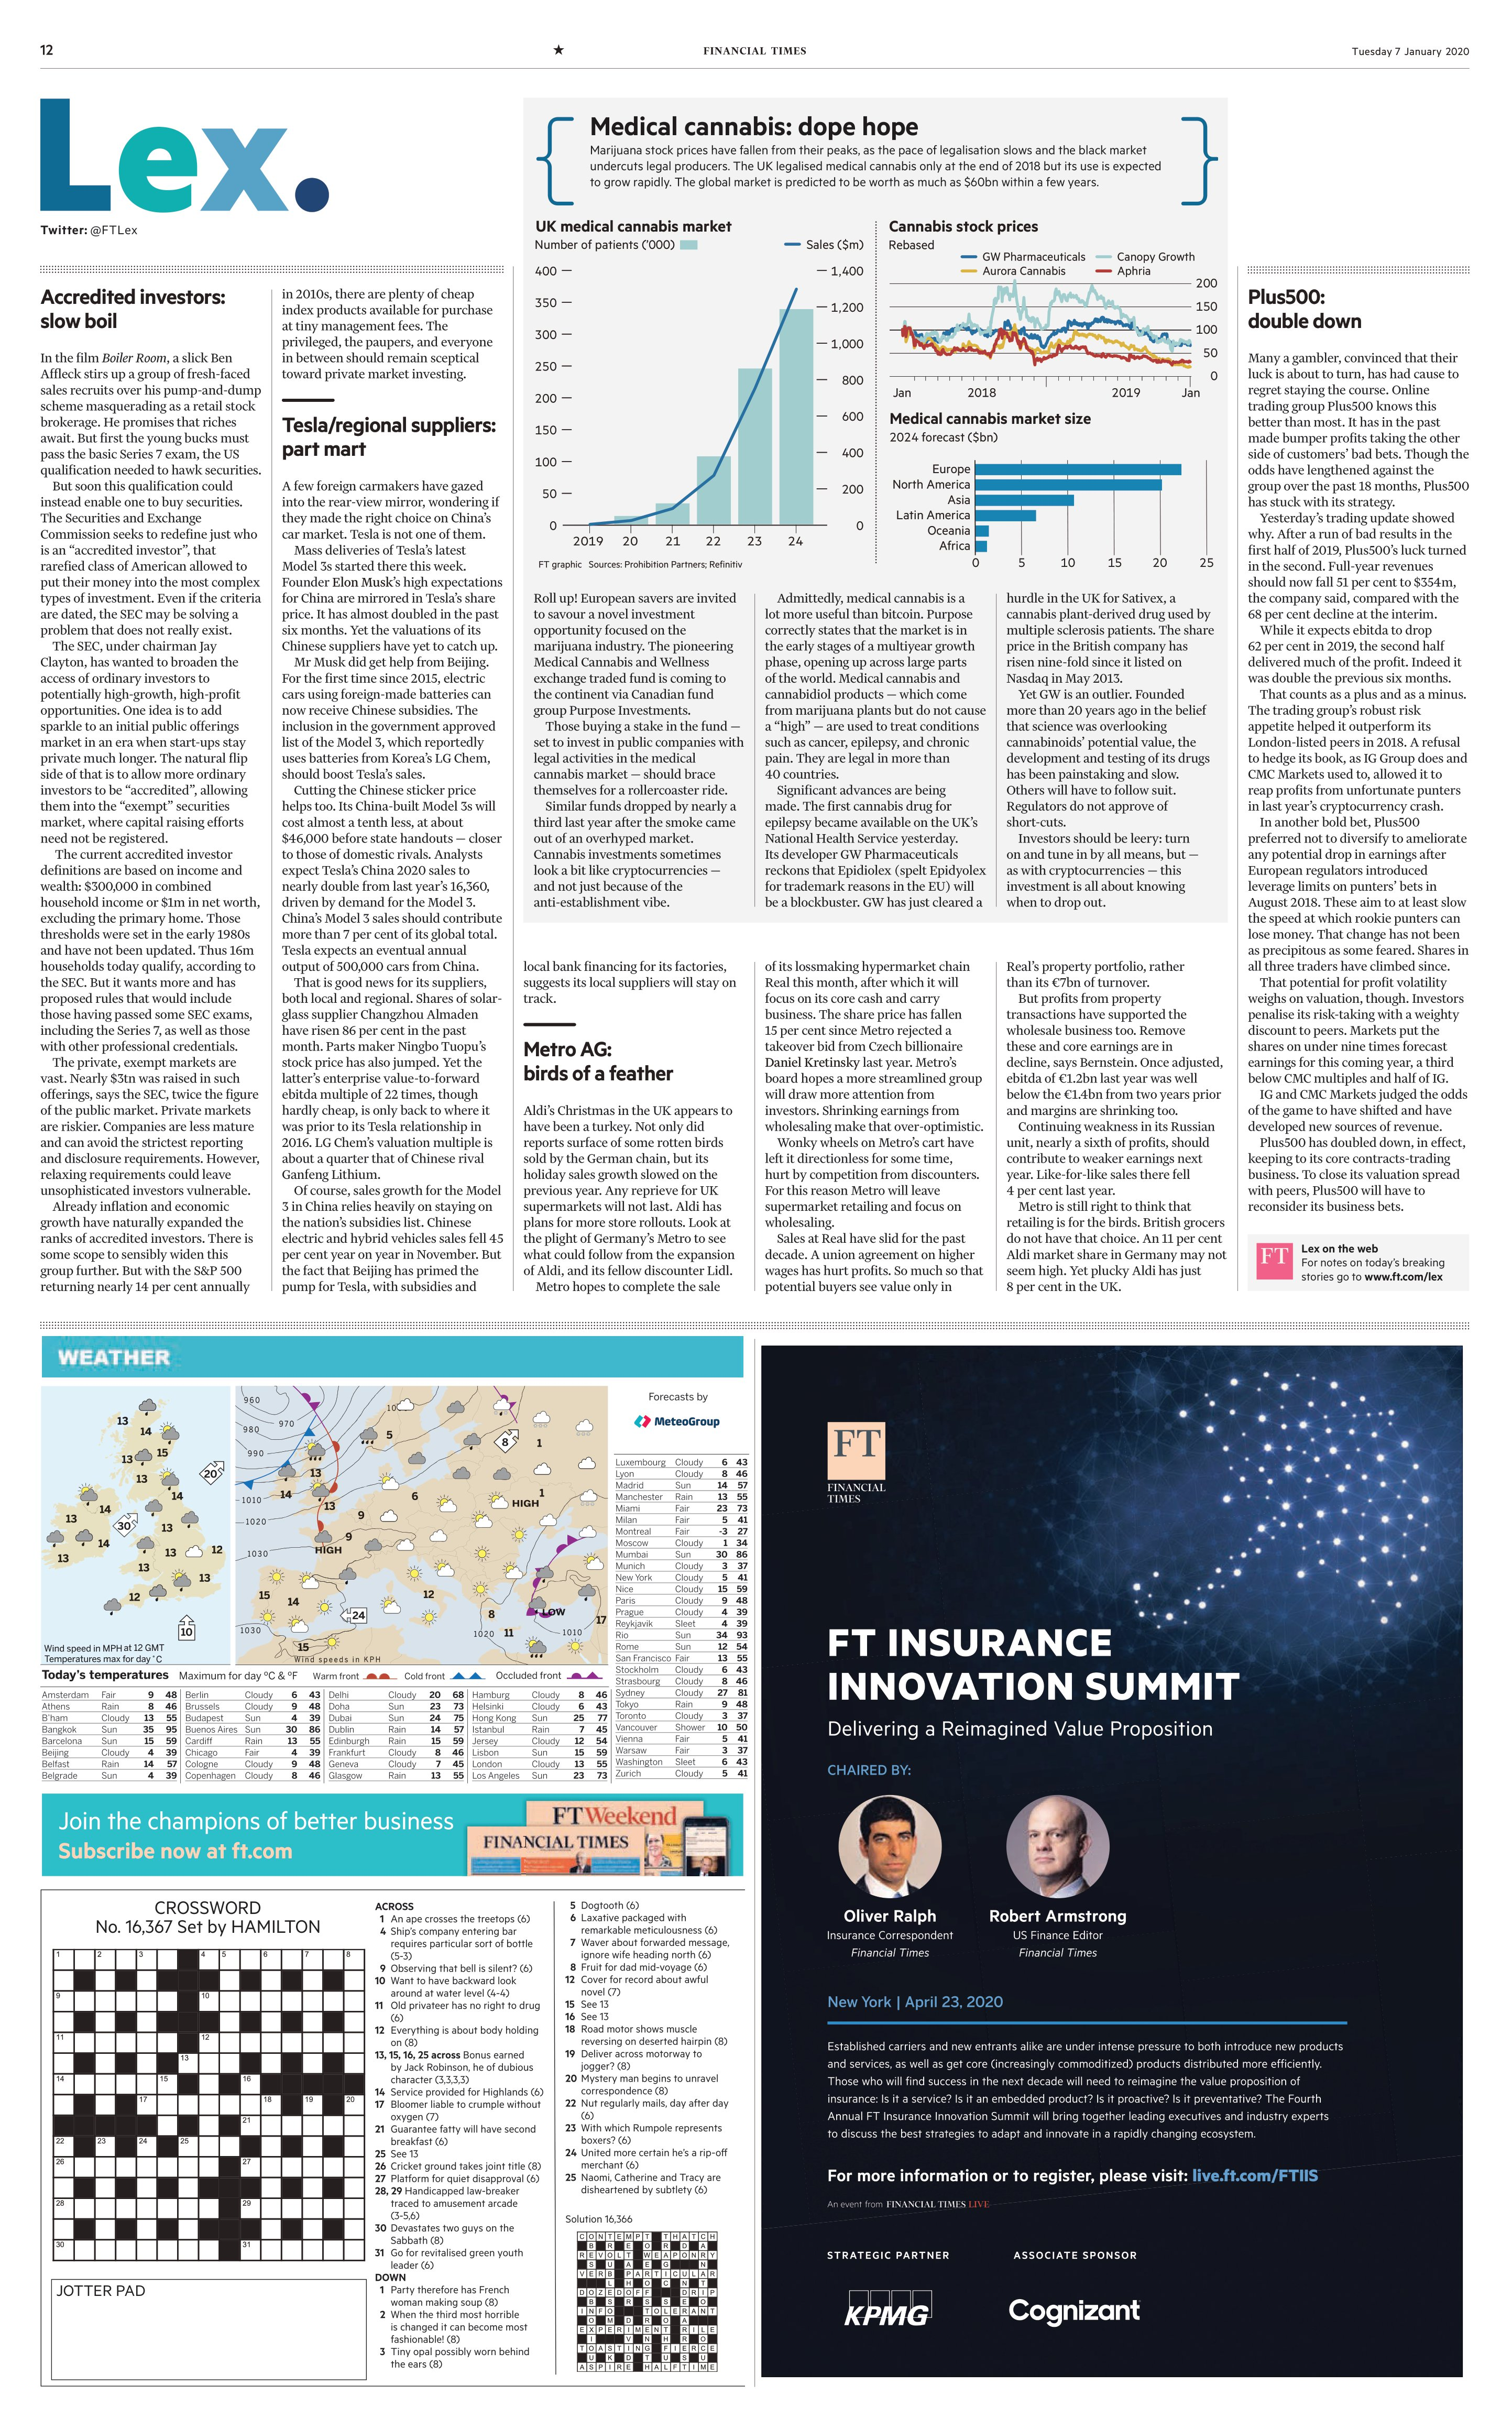
Language: en